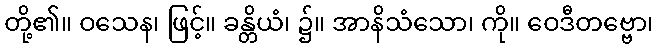
တို့၏။ ဝသေန၊ ဖြင့်။ ခန္တိယံ၊ ၌။ အာနိသံသော၊ ကို။ ဝေဒီတဗ္ဗော၊